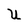
Character: U